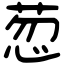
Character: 䓤